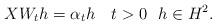
LaTeX: \begin{align*} XW_th=\alpha_t h \ \ \ t>0\ \ h\in H^2.\end{align*}